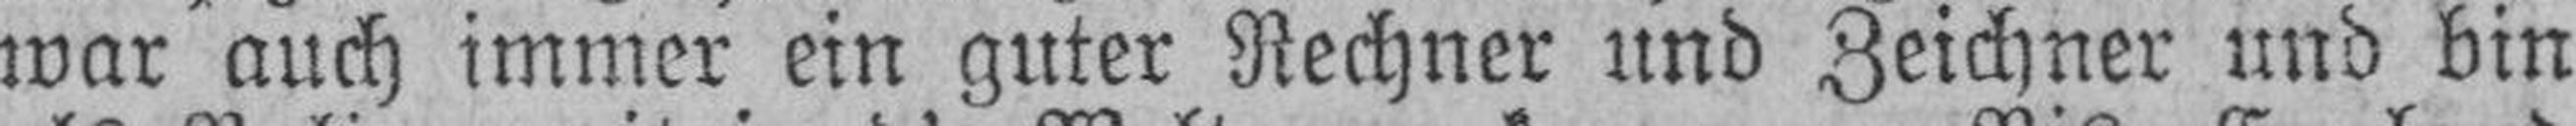
war auch immer ein guter Rechner und Zeichner und bin